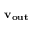
\mathbf { v _ { o u t } }